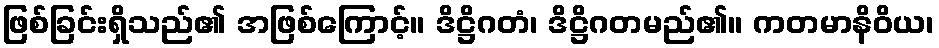
ဖြစ်ခြင်းရှိသည်၏ အဖြစ်ကြောင့်။ ဒိဋ္ဌိဂတံ၊ ဒိဋ္ဌိဂတမည်၏။ ကတမာနိဝိယ၊